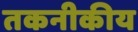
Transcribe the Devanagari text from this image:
तकनीकीय